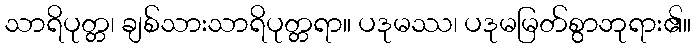
သာရိပုတ္တ၊ ချစ်သားသာရိပုတ္တရာ။ ပဒုမဿ၊ ပဒုမမြတ်စွာဘုရား၏။